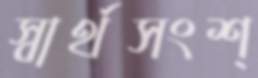
স্বার্থসংশ্